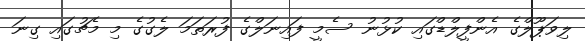
ލިވަޕޫލްގެ އެންފީލްޑްގައި ކުޅުނު ސެމީ ފައިނަލްގެ ފުރަތަމަ ލެގުގެ މި މެޗުގައި ގިނަ